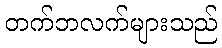
တက်ဘလက်များသည်